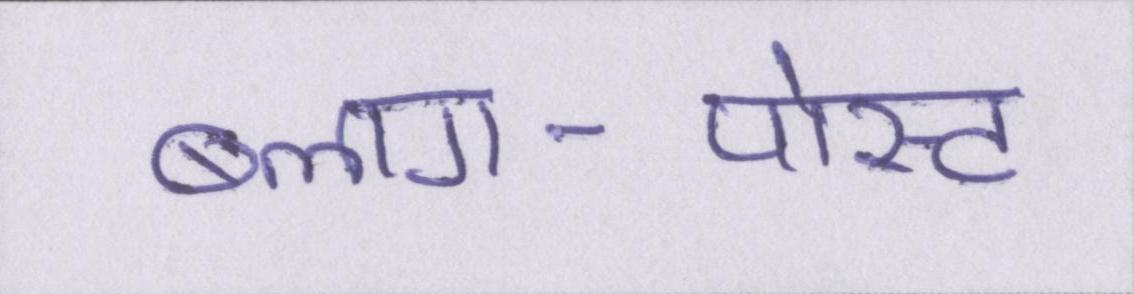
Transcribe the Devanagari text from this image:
ब्लाग-पोस्ट